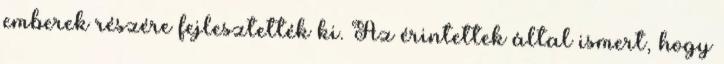
emberek részére fejlesztették ki. Az érintettek által ismert, hogy